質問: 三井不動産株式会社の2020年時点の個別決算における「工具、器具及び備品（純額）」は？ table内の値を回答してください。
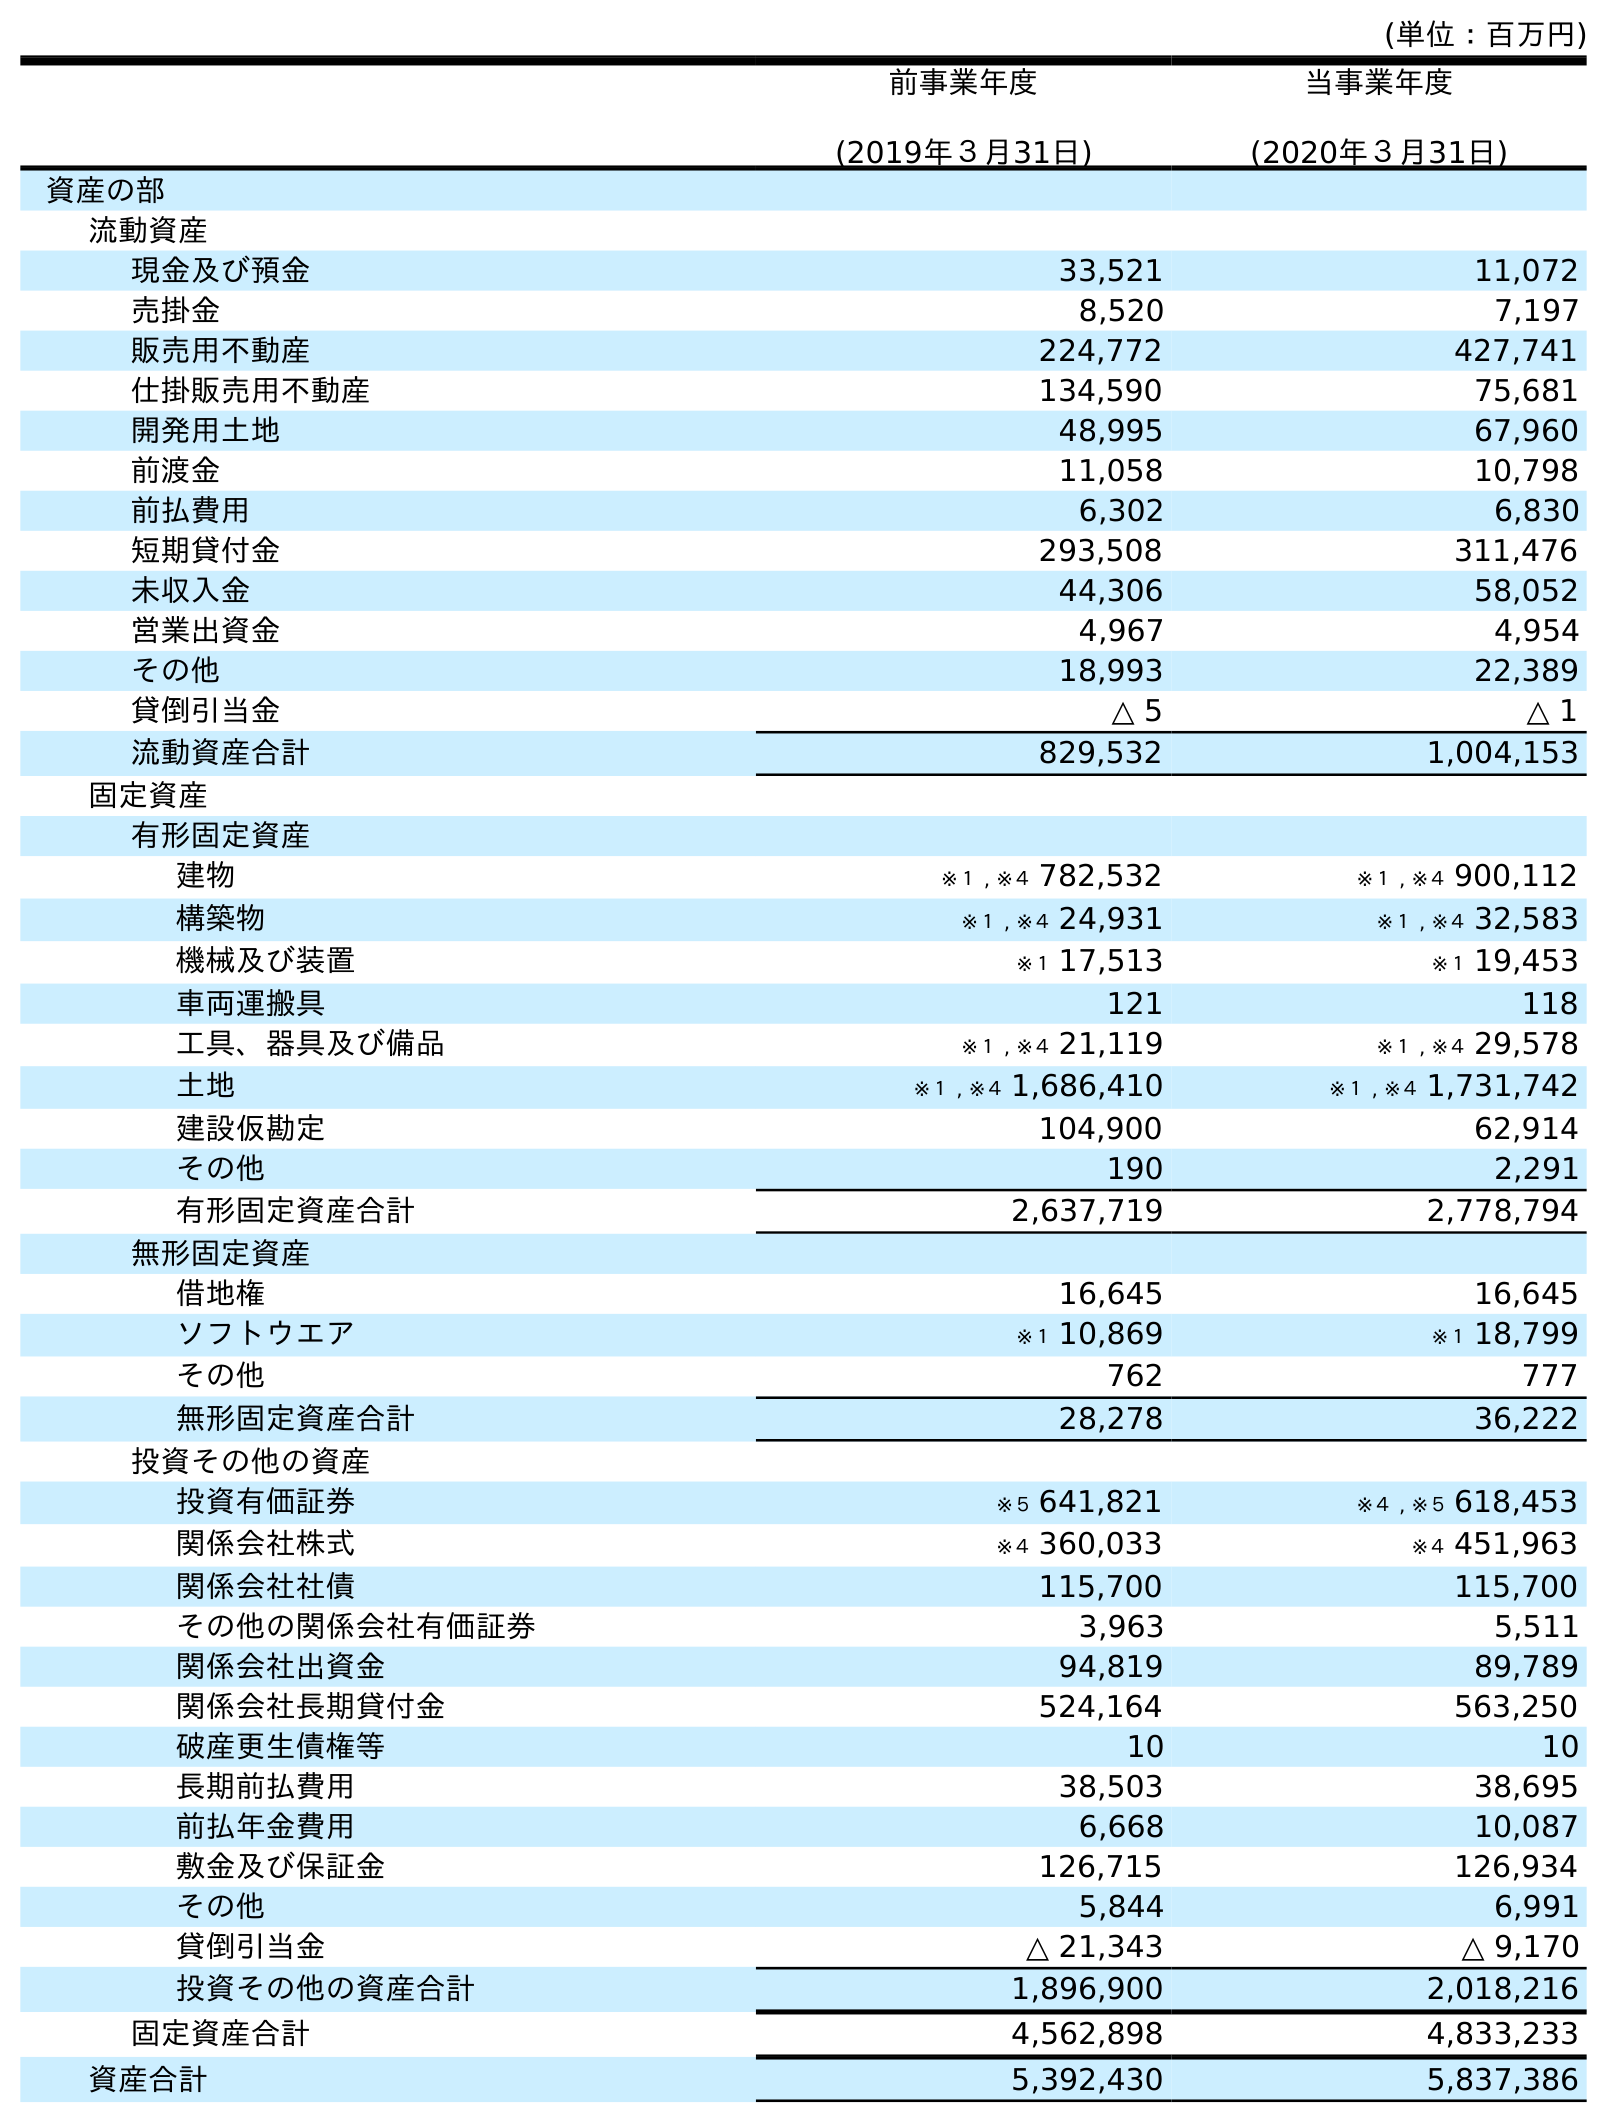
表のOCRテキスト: (単位：百万円) 前事業年度 (2019年３月31日) 当事業年度 (2020年３月31日) 資産の部 流動資産 現金及び預金 33,521 11,072 売掛金 8,520 7,197 販売用不動産 224,772 427,741 仕掛販売用不動産 134,590 75,681 開発用土地 48,995 67,960 前渡金 11,058 10,798 前払費用 6,302 6,830 短期貸付金 293,508 311,476 未収入金 44,306 58,052 営業出資金 4,967 4,954 その他 18,993 22,389 貸倒引当金 △ 5 △ 1 流動資産合計 829,532 1,004,153 固定資産 有形固定資産 建物 ※１ , ※４ 782,532 ※１ , ※４ 900,112 構築物 ※１ , ※４ 24,931 ※１ , ※４ 32,583 機械及び装置 ※１ 17,513 ※１ 19,453 車両運搬具 121 118 工具、器具及び備品 ※１ , ※４ 21,119 ※１ , ※４ 29,578 土地 ※１ , ※４ 1,686,410 ※１ , ※４ 1,731,742 建設仮勘定 104,900 62,914 その他 190 2,291 有形固定資産合計 2,637,719 2,778,794 無形固定資産 借地権 16,645 16,645 ソフトウエア ※１ 10,869 ※１ 18,799 その他 762 777 無形固定資産合計 28,278 36,222 投資その他の資産 投資有価証券 ※５ 641,821 ※４ , ※５ 618,453 関係会社株式 ※４ 360,033 ※４ 451,963 関係会社社債 115,700 115,700 その他の関係会社有価証券 3,963 5,511 関係会社出資金 94,819 89,789 関係会社長期貸付金 524,164 563,250 破産更生債権等 10 10 長期前払費用 38,503 38,695 前払年金費用 6,668 10,087 敷金及び保証金 126,715 126,934 その他 5,844 6,991 貸倒引当金 △ 21,343 △ 9,170 投資その他の資産合計 1,896,900 2,018,216 固定資産合計 4,562,898 4,833,233 資産合計 5,392,430 5,837,386
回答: ※１,※４29,578